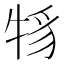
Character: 𤙪